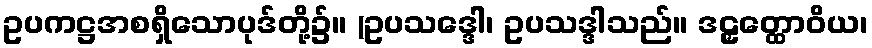
ဥပကဋ္ဌအစရှိသောပုဒ်တို့၌။ (ဥပသဒ္ဒေါ၊ ဥပသဒ္ဒါသည်။ ဒဠှတ္ထောဝိယ၊